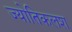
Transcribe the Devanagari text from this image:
ज्योतिकलश